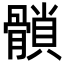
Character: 𩪈